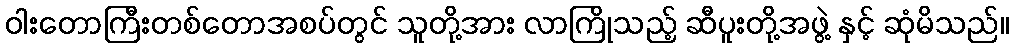
ဝါးတောကြီးတစ်တောအစပ်တွင် သူတို့အား လာကြိုသည့် ဆီပူးတို့အဖွဲ့ နှင့် ဆုံမိသည်။